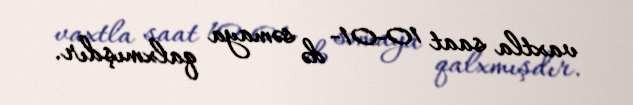
vaxtla saat 10-01- də səmaya qalxmışdır.